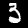
Label: 3